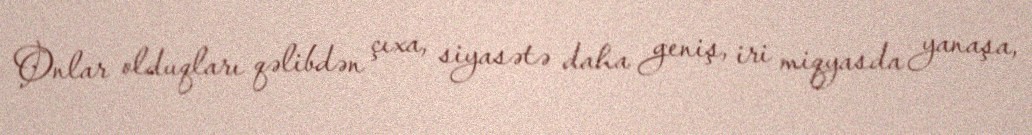
Onlar olduqları qəlibdən çıxa, siyasətə daha geniş, iri miqyasda yanaşa,